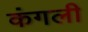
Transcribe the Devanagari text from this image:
कंगली